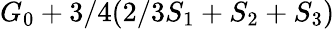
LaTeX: G_{0}+3/4(2/3S_{1}+S_{2}+S_{3})